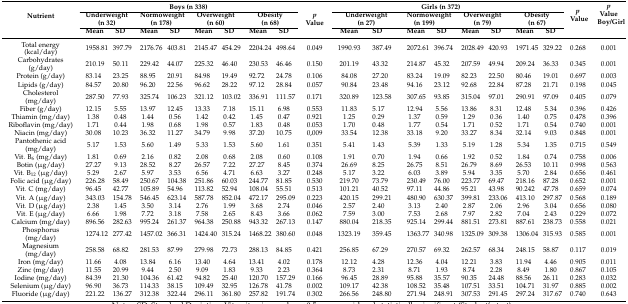
<table><thead><tr><td rowspan="3"><b>Nutrient</b></td><td colspan="8"><b>Boys (n 338)</b></td><td rowspan="3"><b><i>p</i> Value</b></td><td colspan="8"><b>Girls (n 372)</b></td><td rowspan="3"><b><i>p</i> Value</b></td><td rowspan="3"><b><i>p</i> Value Boy/Girl</b></td></tr><tr><td colspan="2"><b>Underweight (n 32)</b></td><td colspan="2"><b>Normoweight (n 178)</b></td><td colspan="2"><b>Overweight (n 60)</b></td><td colspan="2"><b>Obesity (n 68)</b></td><td colspan="2"><b>Underweight (n 27)</b></td><td colspan="2"><b>Normoweight (n 199)</b></td><td colspan="2"><b>Overweight (n 79)</b></td><td colspan="2"><b>Obesity (n 67)</b></td></tr><tr><td><b>Mean</b></td><td><b>SD</b></td><td><b>Mean</b></td><td><b>SD</b></td><td><b>Mean</b></td><td><b>SD</b></td><td><b>Mean</b></td><td><b>SD</b></td><td><b>Mean</b></td><td><b>SD</b></td><td><b>Mean</b></td><td><b>SD</b></td><td><b>Mean</b></td><td><b>SD</b></td><td><b>Mean</b></td><td><b>SD</b></td></tr></thead><tbody><tr><td>Total energy (kcal/day)</td><td>1958.81</td><td>397.79</td><td>2176.76</td><td>403.81</td><td>2145.47</td><td>454.29</td><td>2204.24</td><td>498.64</td><td>0.049</td><td>1990.93</td><td>387.49</td><td>2072.61</td><td>396.74</td><td>2028.49</td><td>420.93</td><td>1971.45</td><td>329.22</td><td>0.268</td><td>0.001</td></tr><tr><td>Carbohydrates (g/day)</td><td>210.19</td><td>50.11</td><td>229.42</td><td>44.07</td><td>225.32</td><td>46.40</td><td>230.53</td><td>46.46</td><td>0.150</td><td>201.19</td><td>43.32</td><td>214.87</td><td>45.32</td><td>207.59</td><td>49.94</td><td>209.24</td><td>36.33</td><td>0.345</td><td>0.001</td></tr><tr><td>Protein (g/day)</td><td>83.14</td><td>23.25</td><td>88.95</td><td>20.91</td><td>84.98</td><td>19.49</td><td>92.72</td><td>24.78</td><td>0.106</td><td>84.08</td><td>27.20</td><td>83.24</td><td>19.09</td><td>82.23</td><td>22.50</td><td>80.46</td><td>19.01</td><td>0.697</td><td>0.003</td></tr><tr><td>Lipids (g/day)</td><td>84.57</td><td>20.80</td><td>96.20</td><td>22.56</td><td>96.62</td><td>28.22</td><td>97.12</td><td>28.84</td><td>0.057</td><td>90.84</td><td>23.48</td><td>94.16</td><td>23.12</td><td>92.68</td><td>22.84</td><td>87.28</td><td>21.71</td><td>0.198</td><td>0.045</td></tr><tr><td>Cholesterol (mg/day)</td><td>287.50</td><td>77.93</td><td>325.74</td><td>106.23</td><td>321.12</td><td>103.02</td><td>336.91</td><td>111.57</td><td>0.171</td><td>320.89</td><td>123.58</td><td>307.65</td><td>93.85</td><td>315.04</td><td>97.01</td><td>290.91</td><td>97.09</td><td>0.405</td><td>0.079</td></tr><tr><td>Fiber (g/day)</td><td>12.15</td><td>5.55</td><td>13.97</td><td>12.45</td><td>13.33</td><td>7.18</td><td>15.11</td><td>6.98</td><td>0.553</td><td>11.83</td><td>5.17</td><td>12.94</td><td>5.56</td><td>13.86</td><td>8.31</td><td>12.48</td><td>5.34</td><td>0.396</td><td>0.426</td></tr><tr><td>Thiamin (mg/day)</td><td>1.38</td><td>0.48</td><td>1.44</td><td>0.56</td><td>1.42</td><td>0.42</td><td>1.45</td><td>0.47</td><td>0.921</td><td>1.25</td><td>0.29</td><td>1.37</td><td>0.59</td><td>1.29</td><td>0.36</td><td>1.40</td><td>0.75</td><td>0.478</td><td>0.396</td></tr><tr><td>Riboflavin (mg/day)</td><td>1.71</td><td>0.44</td><td>1.98</td><td>0.68</td><td>1.98</td><td>0.57</td><td>1.83</td><td>0.48</td><td>0.053</td><td>1.70</td><td>0.48</td><td>1.77</td><td>0.54</td><td>1.71</td><td>0.52</td><td>1.71</td><td>0.54</td><td>0.740</td><td>0.001</td></tr><tr><td>Niacin (mg/day)</td><td>30.08</td><td>10.23</td><td>36.32</td><td>11.27</td><td>34.79</td><td>9.98</td><td>37.20</td><td>10.75</td><td>0,009</td><td>33.54</td><td>12.38</td><td>33.18</td><td>9.20</td><td>33.27</td><td>8.34</td><td>32.14</td><td>9.03</td><td>0.848</td><td>0.001</td></tr><tr><td>Pantothenic acid (mg/day)</td><td>5.17</td><td>1.53</td><td>5.60</td><td>1.49</td><td>5.33</td><td>1.53</td><td>5.60</td><td>1.61</td><td>0.351</td><td>5.41</td><td>1.43</td><td>5.39</td><td>1.33</td><td>5.19</td><td>1.28</td><td>5.34</td><td>1.35</td><td>0.715</td><td>0.549</td></tr><tr><td>Vit. B<sub>6</sub> (mg/day)</td><td>1.81</td><td>0.69</td><td>2.16</td><td>0.82</td><td>2.08</td><td>0.68</td><td>2.08</td><td>0.60</td><td>0.108</td><td>1.91</td><td>0.70</td><td>1.94</td><td>0.66</td><td>1.92</td><td>0.52</td><td>1.84</td><td>0.74</td><td>0.758</td><td>0.006</td></tr><tr><td>Botin (μg/day)</td><td>27.27</td><td>9.13</td><td>28.52</td><td>8.27</td><td>26.57</td><td>7.22</td><td>27.27</td><td>8.45</td><td>0.374</td><td>26.69</td><td>8.25</td><td>26.75</td><td>8.51</td><td>26.79</td><td>8.69</td><td>26.53</td><td>10.11</td><td>0.998</td><td>0.563</td></tr><tr><td>Vit. B<sub>12</sub> (μg/day)</td><td>5.29</td><td>2.67</td><td>5.97</td><td>3.53</td><td>6.56</td><td>4.71</td><td>6.63</td><td>3.27</td><td>0.248</td><td>5.17</td><td>3.22</td><td>6.03</td><td>3.89</td><td>5.94</td><td>3.35</td><td>5.70</td><td>2.84</td><td>0.656</td><td>0.461</td></tr><tr><td>Folic acid (μg/day)</td><td>226.28</td><td>58.49</td><td>250.67</td><td>104.38</td><td>251.86</td><td>60.03</td><td>244.77</td><td>81.85</td><td>0.530</td><td>219.70</td><td>73.79</td><td>230.49</td><td>76.00</td><td>223.77</td><td>69.47</td><td>218.16</td><td>87.28</td><td>0.652</td><td>0.001</td></tr><tr><td>Vit. C (mg/day)</td><td>96.45</td><td>42.77</td><td>105.89</td><td>54.96</td><td>113.82</td><td>52.94</td><td>108.04</td><td>55.51</td><td>0.513</td><td>101.21</td><td>40.52</td><td>97.11</td><td>44.86</td><td>95.21</td><td>43.98</td><td>90.242</td><td>47.78</td><td>0.659</td><td>0.074</td></tr><tr><td>Vit. A (μg/day)</td><td>343.03</td><td>154.78</td><td>546.45</td><td>623.14</td><td>587.78</td><td>852.04</td><td>472.17</td><td>295.09</td><td>0.223</td><td>420.15</td><td>299.21</td><td>480.90</td><td>630.37</td><td>399.81</td><td>233.06</td><td>413.10</td><td>297.87</td><td>0.568</td><td>0.189</td></tr><tr><td>Vit. D (μg/day)</td><td>2.38</td><td>1.45</td><td>3.50</td><td>3.14</td><td>2.76</td><td>1.99</td><td>3.68</td><td>2.74</td><td>0.046</td><td>2.57</td><td>2.40</td><td>3.13</td><td>2.40</td><td>2.87</td><td>2.06</td><td>2.96</td><td>3.04</td><td>0.656</td><td>0.080</td></tr><tr><td>Vit. E (μg/day)</td><td>6.66</td><td>1.98</td><td>7.72</td><td>3.18</td><td>7.58</td><td>2.65</td><td>8.43</td><td>3.66</td><td>0.062</td><td>7.59</td><td>3.00</td><td>7.53</td><td>2.68</td><td>7.97</td><td>2.82</td><td>7.04</td><td>2.43</td><td>0.229</td><td>0.072</td></tr><tr><td>Calcium (mg/day)</td><td>896.56</td><td>282.63</td><td>995.24</td><td>261.37</td><td>964.38</td><td>250.88</td><td>943.32</td><td>267.13</td><td>0.147</td><td>880.04</td><td>218.35</td><td>925.14</td><td>299.44</td><td>881.51</td><td>273.81</td><td>887.61</td><td>238.73</td><td>0.558</td><td>0.021</td></tr><tr><td>Phosphorus (mg/day)</td><td>1274.12</td><td>277.42</td><td>1457.02</td><td>366.31</td><td>1424.40</td><td>315.24</td><td>1468.22</td><td>380.60</td><td>0.048</td><td>1323.19</td><td>359.45</td><td>1363.77</td><td>340.98</td><td>1325.09</td><td>309.38</td><td>1306.04</td><td>315.93</td><td>0.585</td><td>0.001</td></tr><tr><td>Magnesium (mg/day)</td><td>258.58</td><td>68.82</td><td>281.53</td><td>87.99</td><td>279.98</td><td>72.73</td><td>288.13</td><td>84.85</td><td>0.421</td><td>256.85</td><td>67.29</td><td>270.57</td><td>69.32</td><td>262.57</td><td>68.34</td><td>248.15</td><td>58.87</td><td>0.117</td><td>0.019</td></tr><tr><td>Iron (mg/day)</td><td>11.66</td><td>4.08</td><td>13.84</td><td>6.16</td><td>13.40</td><td>4.64</td><td>13.41</td><td>4.02</td><td>0.178</td><td>12.12</td><td>4.28</td><td>12.36</td><td>4.04</td><td>12.21</td><td>3.83</td><td>11.94</td><td>4.46</td><td>0.905</td><td>0.011</td></tr><tr><td>Zinc (mg/day)</td><td>11.55</td><td>20.99</td><td>9.44</td><td>2.50</td><td>9.09</td><td>1.83</td><td>9.33</td><td>2.23</td><td>0.364</td><td>8.73</td><td>2.31</td><td>8.71</td><td>1.93</td><td>8.74</td><td>2.28</td><td>8.49</td><td>1.80</td><td>0.867</td><td>0.105</td></tr><tr><td>Iodine (mg/day)</td><td>84.39</td><td>21.30</td><td>104.36</td><td>61.42</td><td>94.82</td><td>25.40</td><td>120.70</td><td>157.29</td><td>0.166</td><td>96.45</td><td>28.89</td><td>95.88</td><td>35.57</td><td>90.35</td><td>24.48</td><td>88.56</td><td>26.11</td><td>0.283</td><td>0.032</td></tr><tr><td>Selenium (μg/day)</td><td>96.90</td><td>36.73</td><td>114.33</td><td>38.15</td><td>109.49</td><td>32.95</td><td>126.78</td><td>41.78</td><td>0.002</td><td>109.17</td><td>42.38</td><td>108.52</td><td>35.48</td><td>107.51</td><td>33.51</td><td>104.71</td><td>31.97</td><td>0.885</td><td>0.002</td></tr><tr><td>Fluoride (μg/day)</td><td>221.22</td><td>136.27</td><td>312.38</td><td>322.44</td><td>296.11</td><td>361.80</td><td>257.82</td><td>191.74</td><td>0.302</td><td>266.56</td><td>248.80</td><td>271.94</td><td>248.91</td><td>307.53</td><td>291.45</td><td>297.24</td><td>317.67</td><td>0.740</td><td>0.643</td></tr></tbody></table>